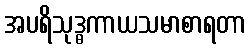
အပရိသုဒ္ဓကာယသမာစာရတာ